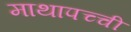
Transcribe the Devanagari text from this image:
माथापच्‍ची